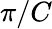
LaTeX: \pi/C